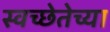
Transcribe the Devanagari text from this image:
स्वच्छेतेच्या